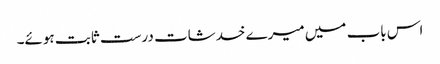
اس باب میں میرے خدشات درست ثابت ہوئے۔